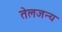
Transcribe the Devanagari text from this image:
तेलजन्य